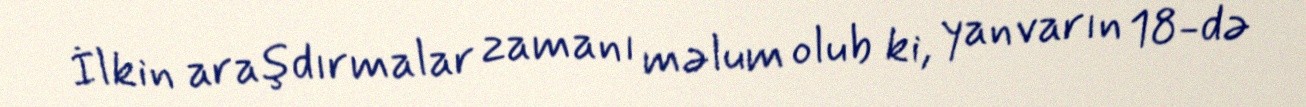
İlkin araşdırmalar zamanı məlum olub ki, yanvarın 18-də